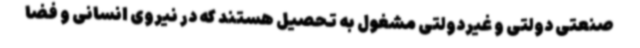
صنعتی دولتی و غیردولتی مشغول به تحصیل هستند که در نیروی انسانی و فضا